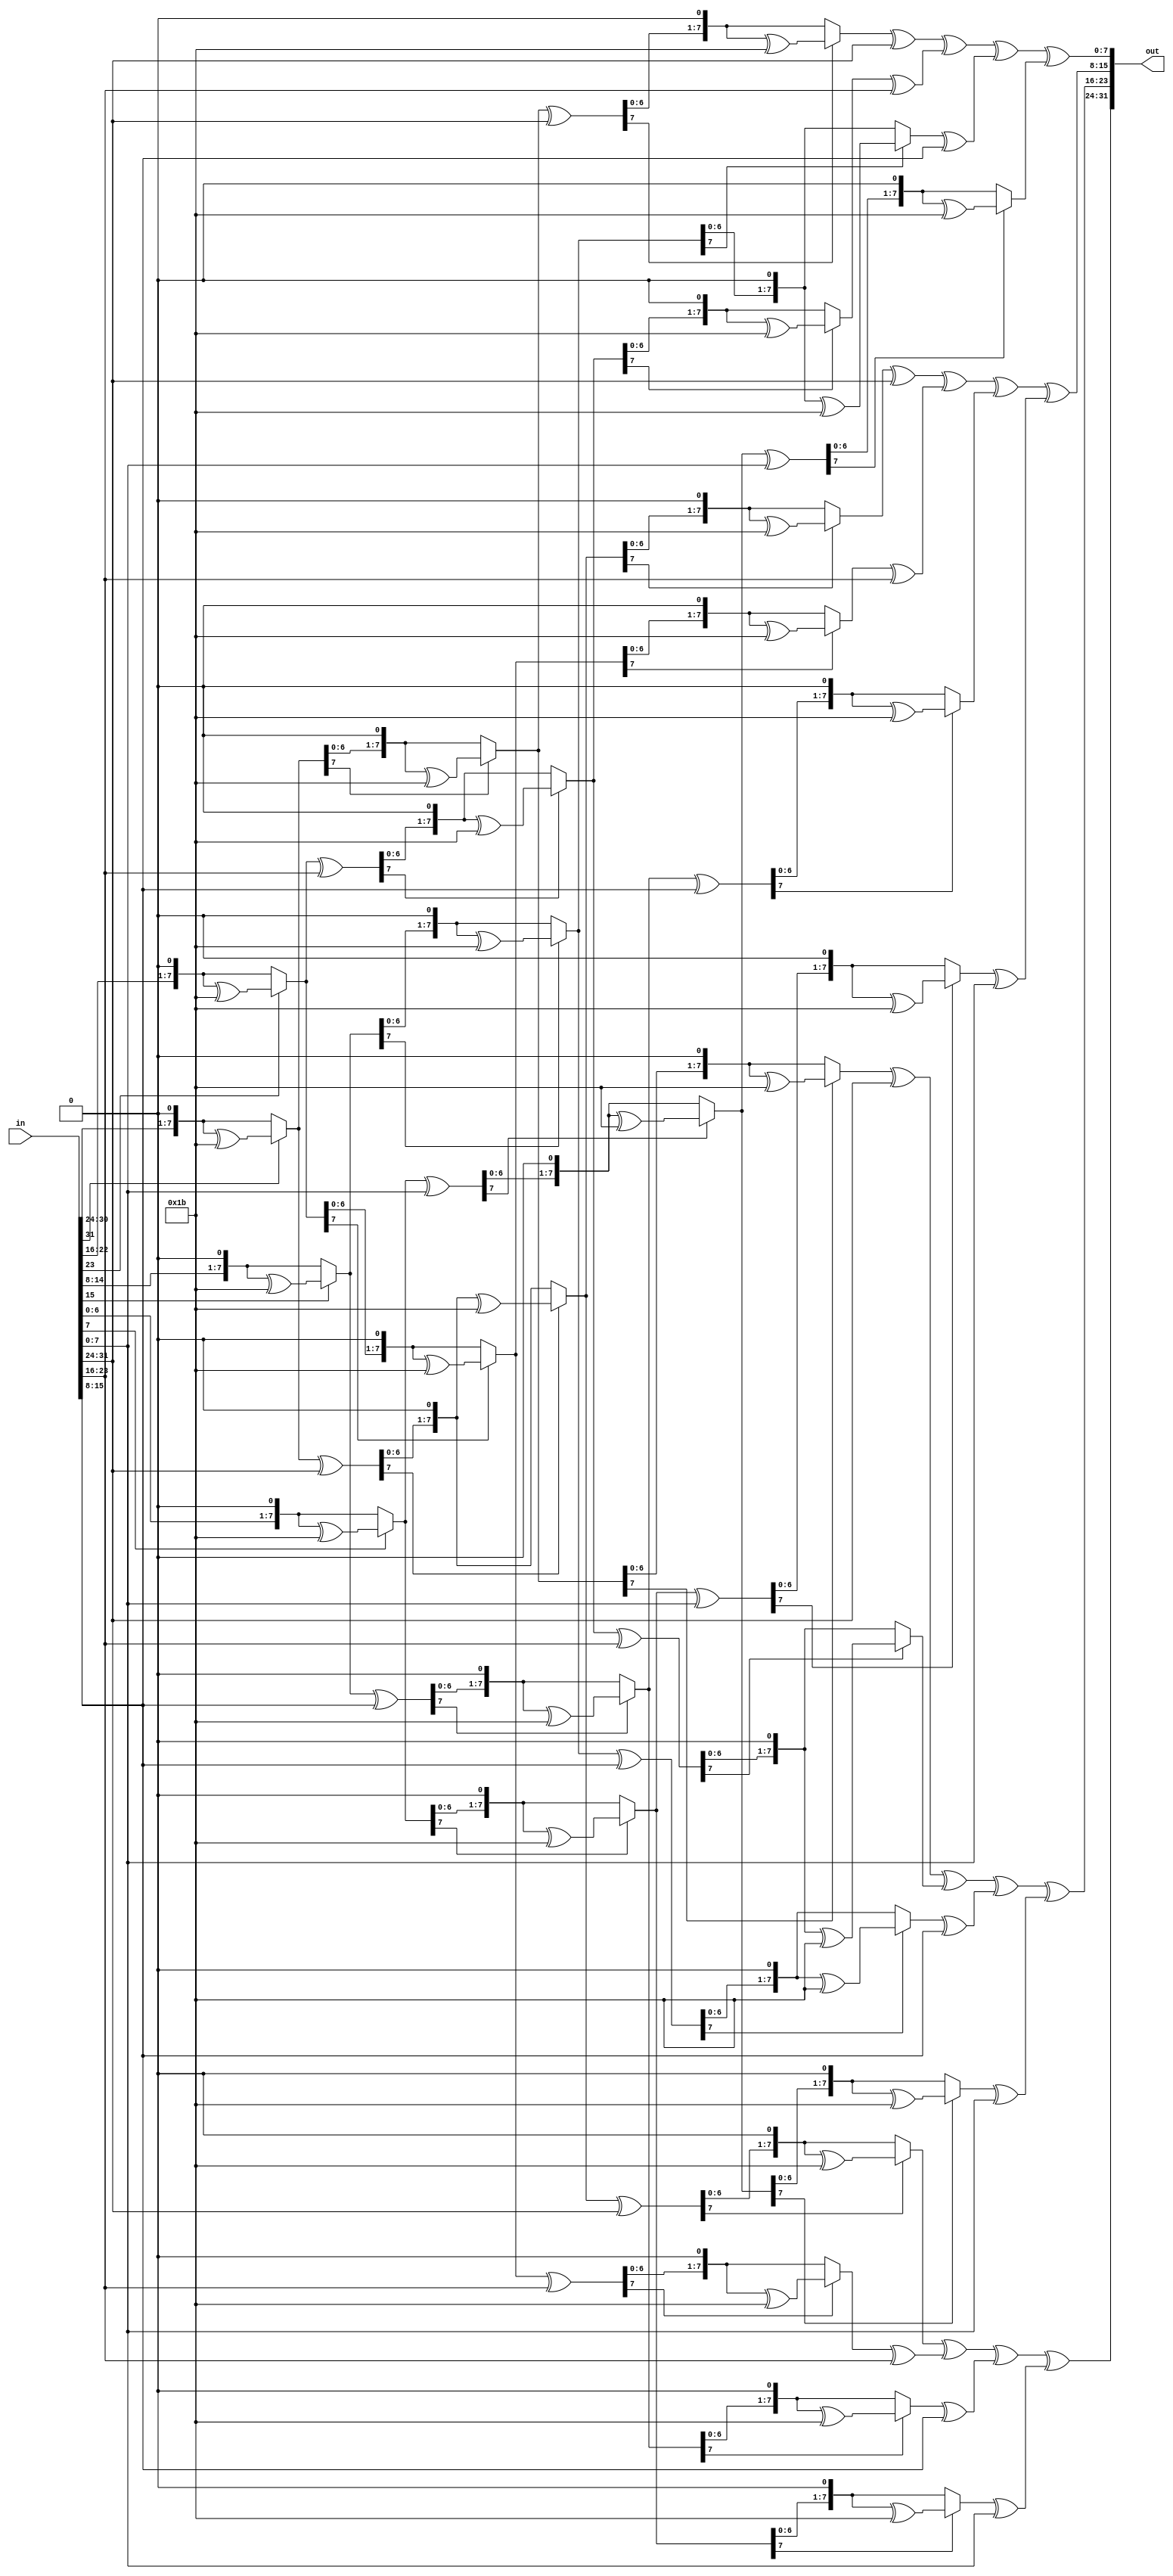

module inverse_matrix_mult(input [31:0] in, output [31:0] out);

wire [7:0] a0;
wire [7:0] a1;
wire [7:0] a2;
wire [7:0] a3;

assign a0 = in[31:24];
assign a1 = in[23:16];
assign a2 = in[15:8];
assign a3 = in[7:0];

function automatic reg[7:0] mul_2(input [7:0] in);
begin
mul_2=(in[7]==1'b1)?((in<<1)^(8'h1b)):(in<<1);
end
endfunction


assign out[31:24] = ( mul_2(mul_2((mul_2(a0)^a0))^a0) )^( mul_2(mul_2(mul_2(a1))^a1)^a1 )^( mul_2(mul_2(mul_2(a2)^a2))^a2 )^( mul_2(mul_2(mul_2(a3)))^a3 );
assign out[23:16] = ( mul_2(mul_2(mul_2(a0)))^a0 )^(mul_2(mul_2((mul_2(a1)^a1))^a1) )^(mul_2(mul_2(mul_2(a2))^a2)^a2 )^( mul_2(mul_2(mul_2(a3)^a3))^a3 );
assign out[15:8] =  ( mul_2(mul_2(mul_2(a0)^a0))^a0 )^( mul_2(mul_2(mul_2(a1)))^a1 )^( mul_2(mul_2((mul_2(a2)^a2))^a2) )^( mul_2(mul_2(mul_2(a3))^a3)^a3 );
assign out[7:0] =  ( mul_2(mul_2(mul_2(a0))^a0)^a0 )^( mul_2(mul_2(mul_2(a1)^a1))^a1 )^( mul_2(mul_2(mul_2(a2)))^a2 )^( mul_2(mul_2((mul_2(a3)^a3))^a3) );


endmodule